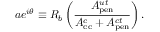
a e ^ { i \theta } \equiv R _ { b } \left( \frac { A _ { \mathrm { p e n } } ^ { u t } } { A _ { \mathrm { c c } } ^ { c } + A _ { \mathrm { p e n } } ^ { c t } } \right) .